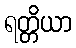
ရတ္တိယာ